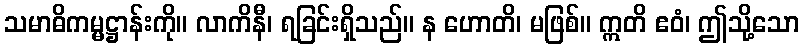
သမာဓိကမ္မဋ္ဌာန်းကို။ လာကိနီ၊ ရခြင်းရှိသည်။ န ဟောတိ၊ မဖြစ်။ ဣတိ ဧဝံ၊ ဤသို့သော